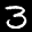
Label: 3